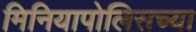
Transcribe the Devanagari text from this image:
मिनियापोलिसच्या